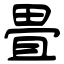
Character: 畳